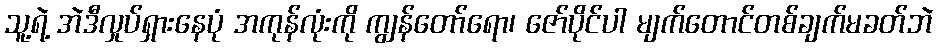
သူ့ရဲ့ အဲဒီလှုပ်ရှားနေပုံ အကုန်လုံးကို ကျွန်တော်ရော၊ ဇော်ပိုင်ပါ မျက်တောင်တစ်ချက်မခတ်ဘဲ